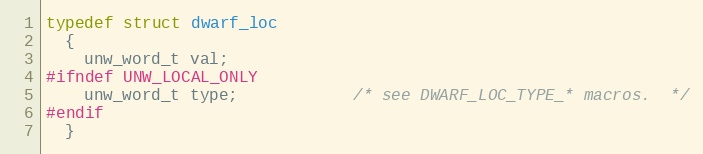
Language: C
typedef struct dwarf_loc
  {
    unw_word_t val;
#ifndef UNW_LOCAL_ONLY
    unw_word_t type;            /* see DWARF_LOC_TYPE_* macros.  */
#endif
  }